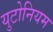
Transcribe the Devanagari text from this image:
युटोनियम